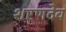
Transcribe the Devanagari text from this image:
शरणदेव